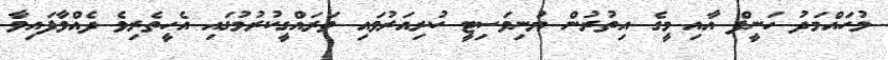
މުހައްމަދު ހަނީފް އާއި މީގެ އިތުރުން ޔުނިވަސިޓީ ކުރިއަރުވައި ތަރައްގީކުރުމުގައި އެހީތެރިވެ ދެއްވާފައިވާ